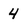
Character: 4